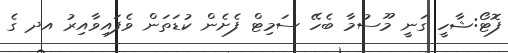
ފޮޓޯ:ޝާހީ ގަނީ މޫސުމާ ބެހޭ ސަމިޓް ފެށެން ކުޑަތަން ވެފައިވާއިރު އދ ގެ